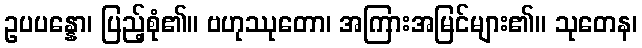
ဥပပန္နော၊ ပြည့်စုံ၏။ ဗဟုဿုတော၊ အကြားအမြင်များ၏။ သုတေန၊